Civil Veterinary Department Bengal reports 1933-51 - 1933-1951
Year: 1933
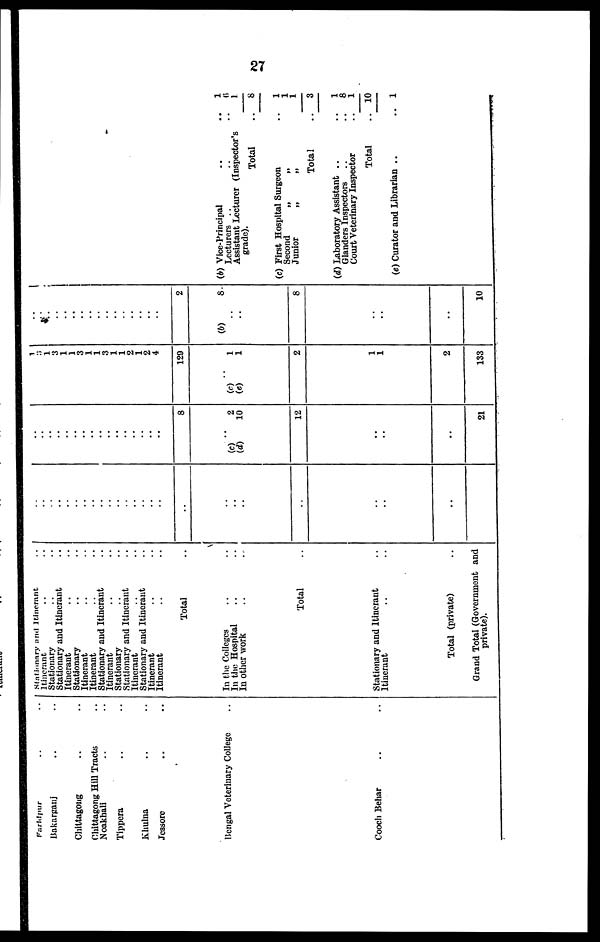
27
Faridpur .. ..
Bakarganj .. ..
Chittagong .. ..
Chittagong Hill Tracts ..
Noakhali .. ..
Tippera .. ..
Khulna .. ..
Jessore .. ..
Bengal Veterinary College ..
Cooch Behar .. ..
Stationary and Itinerant ..
Itinerant .. ..
Stationary .. ..
Stationary and Itinerant ..
Itinerant .. ..
Stationary .. ..
Itinerant .. ..
Itinerant .. ..
Stationary and Itinerant ..
Stationary .. ..
Stationary and Itinerant ..
Itinerant ....
Stationary and Itinerant ..
Itinerant ....
Itinerant ....
Total ..
In the Colleges .. ..
In the Hospital .. ..
In other work
Total ..
Stationary and Itinerant ..
Itinerant .. ..
Total (private) ..
Grand Total (Government and
private).
..
..
..
..
..
..
..
..
..
..
..
..
..
..
..
..
..
..
..
..
..
..
..
..
..
..
..
..
..
..
..
..
..
..
..
..
..
..
8
..
(c) 2
(d)
10
12
..
..
..
21
1
3 1
3
1
1
3
1
1
3
1
1
2
1
2
4
129
..
(c) 1
(e)
1
2
1
1
2
133
..
..
..
..
..
..
..
..
..
..
..
..
..
..
..
2
(b)
8
..
..
8
..
..
..
10
(b) Vice-Principal
..
..
1
Lecturers ..
..
6
Assistant Lecturer (Inspector's
1
grade).
Total
..
8
(c) First Hospital Surgeon
..
1
Second
„
„
1
Junior
„
„
1
Total
..
3
(d) Laboratory Assistant ..
..
1
Glanders Inspectors
8
Court Veterinary Inspector
..
1
Total
.. 10
(e) Curator and Librarian ..
.. 1